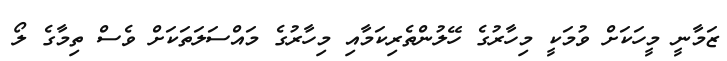
ޒަމާނީ މީހަކަށް ވުމަކީ މިހާރުގެ ހޭލުންތެރިކަމާއި މިހާރުގެ މައްސަލަތަކަށް ވެސް ތިމާގެ ލޯ